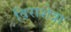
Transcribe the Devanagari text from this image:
विराशेत्रा